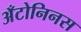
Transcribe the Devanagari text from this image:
अँटोनिनस